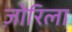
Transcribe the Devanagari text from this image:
ज़ोरिला